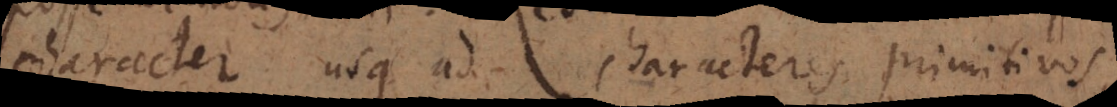
character usque ad characteres primitivos